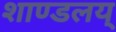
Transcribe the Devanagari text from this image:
शाण्डलय्